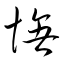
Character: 憮